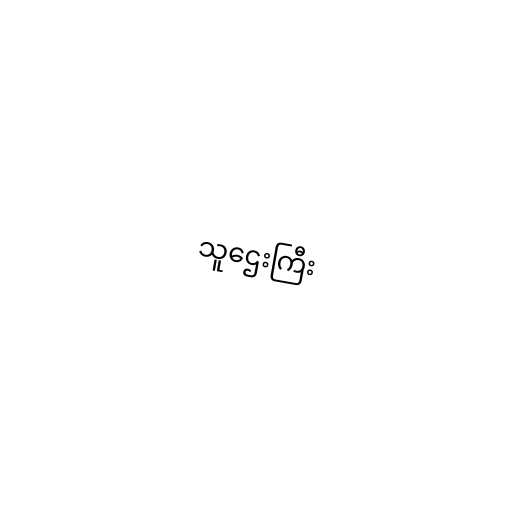
သူဌေးကြီး